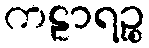
ကဠာရဉ္စ